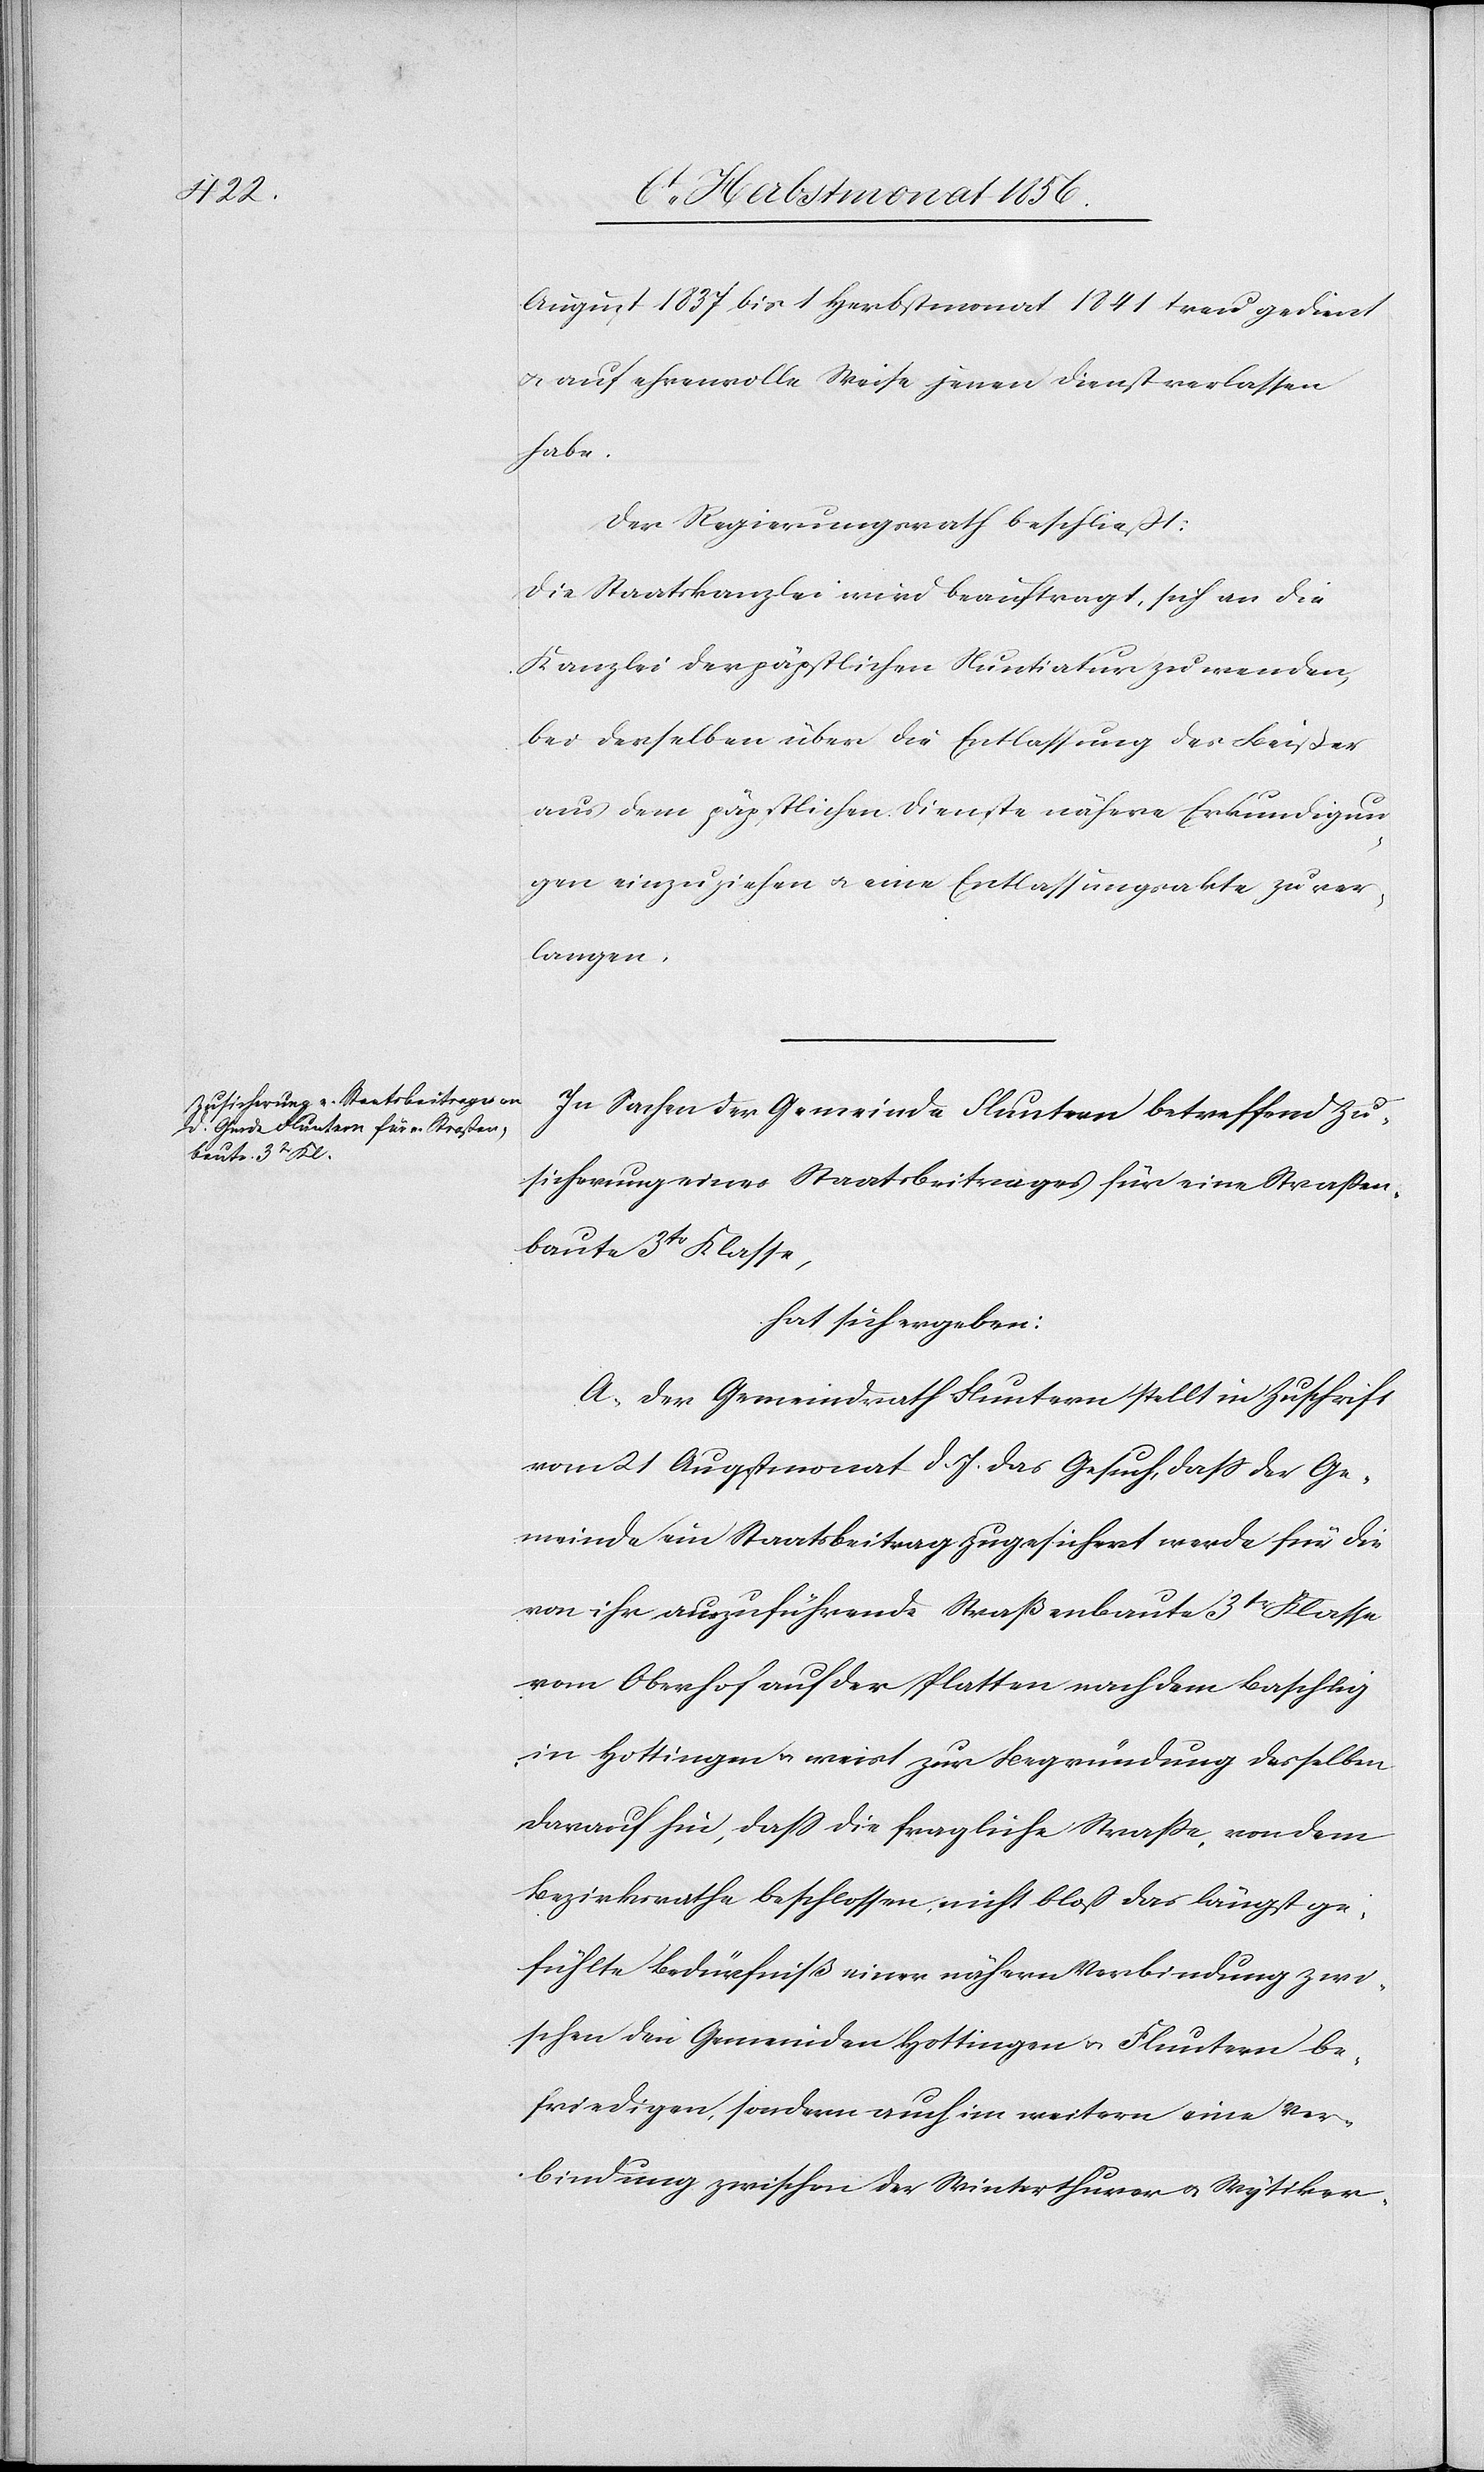
August 1837 bis 1 Herbstmonat 1841 treu gedient
u. auf ehrenvolle Weise jenen Dienst verlassen
habe.
Der Regierungsrath beschließt:
Die Staatskanzlei wird beauftragt, sich an die
Kanzlei der päpstlichen Nuntiatur zu wenden,
bei derselben über die Entlassung des Beißer
aus dem päpstlichen Dienste nähere Erkundigun¬
gen einzuziehen u. eine Entlassungsakte zu er¬
langen.
In Sachen der Gemeinde Fluntern betreffend Zu¬
sicherung eines Staatsbeitrages für eine Straßen¬
baute 3tr Klasse,
hat sich ergeben:
A. Der Gemeindrath Fluntern stellt in Zuschrift
vom 21 Augstmonat d. J. das Gesuch, dass der Ge¬
meinde ein Staatsbeitrag zugesichert werde für die
von ihr auszuführende Straßenbaute 3tr Klasse
vom Oberhof auf der Platten nach dem Baschlig
in Hottingen u. weist zur Begründung desselben
darauf hin, dass die fragliche Strasse, von dem
Bezirksrathe beschlossen, nicht bloß das längst ge¬
fühlte Bedürfniß einer nähern Verbindung zwi¬
schen den Gemeinden Hottingen u. Fluntern be¬
friedigen, sondern auch im weitern eine Ver¬
bindung zwischen der Winterthurer- u. Wytiker-